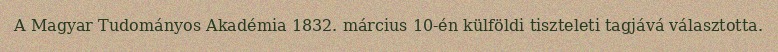
A Magyar Tudományos Akadémia 1832. március 10-én külföldi tiszteleti tagjává választotta.